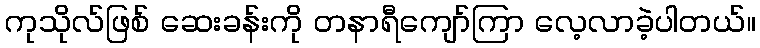
ကုသိုလ်ဖြစ် ဆေးခန်းကို တနာရီကျော်ကြာ လေ့လာခဲ့ပါတယ်။